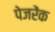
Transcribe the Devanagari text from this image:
पेजरेंक